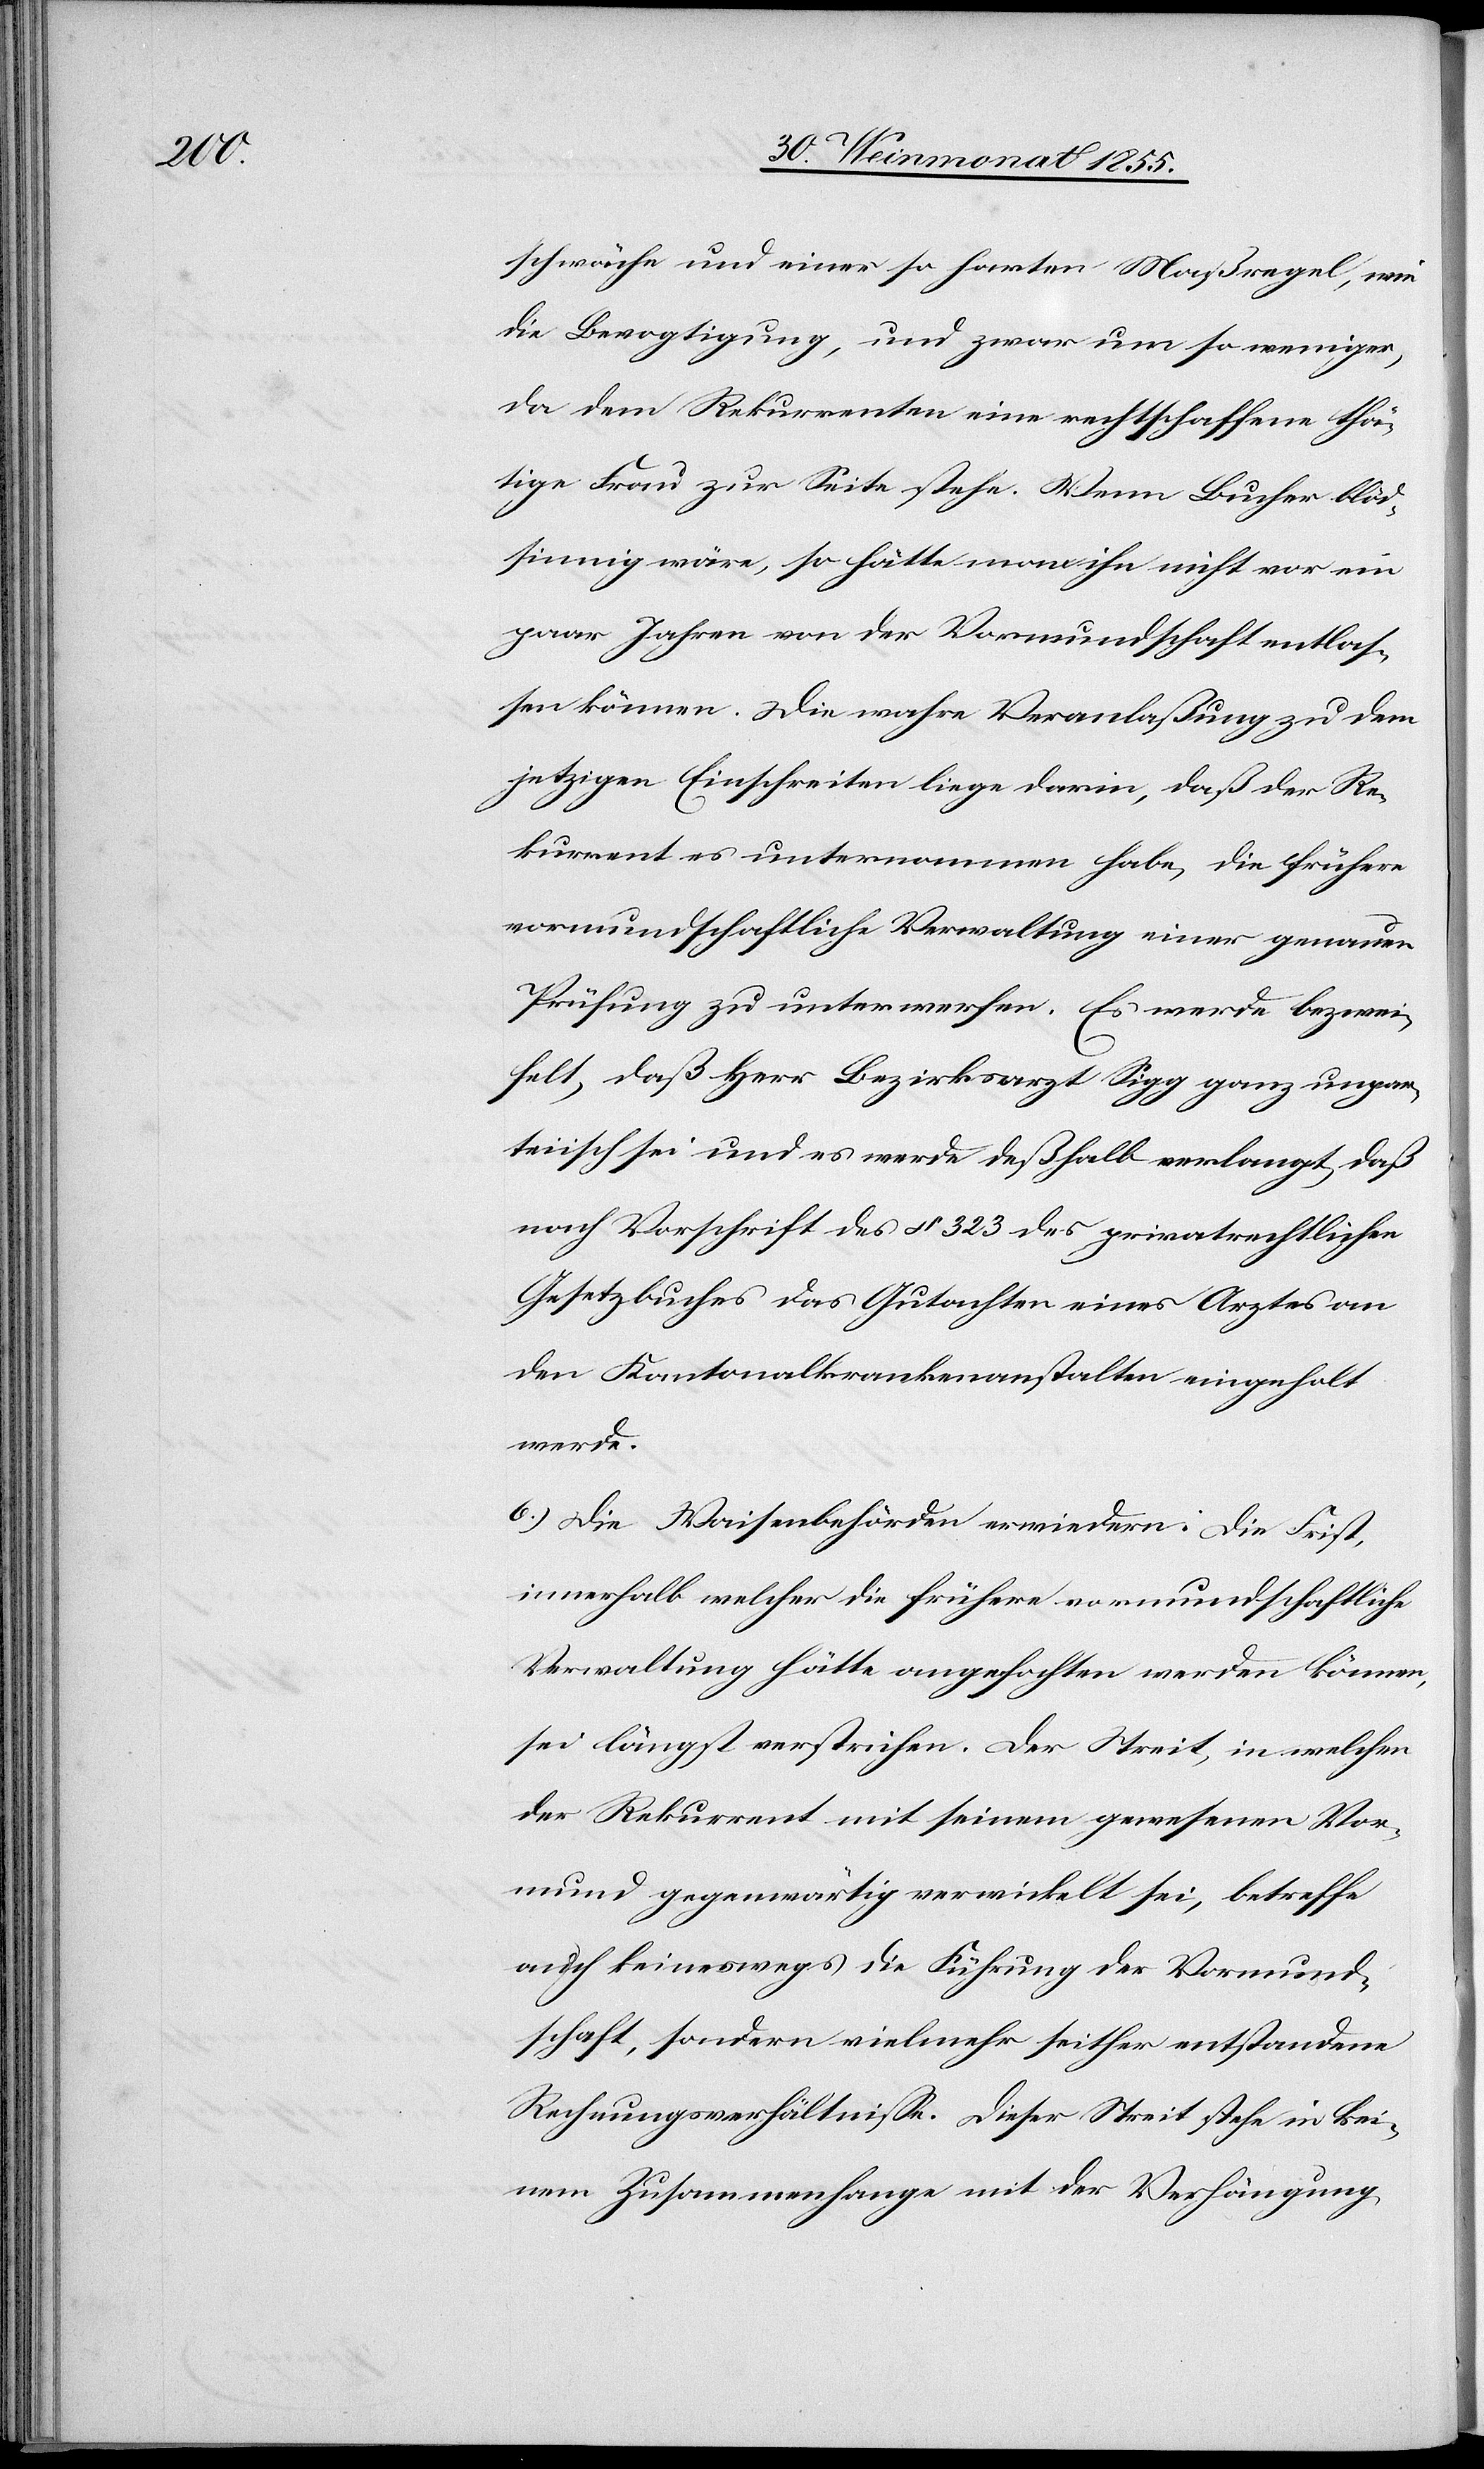
schwäche und einer so harten Maßregel, wie
die Bevogtigung, und zwar um so weniger,
da dem Rekurrenten eine rechtschaffene thä¬
tige Frau zur Seite stehe. Wenn Bucher blöd¬
sinnig wäre, so hätte man ihn nicht vor ein
paar Jahren von der Vormundschaft entlas¬
sen können. Die wahre Veranlaßung zu dem
jetzigen Einschreiten liege darin, daß der Re¬
kurrent es unternommen habe, die frühere
vormundschaftliche Verwaltung einer genauen
Prüfung zu unterwerfen. Es werde bezwei¬
felt, daß Herr Bezirksarzt Sigg ganz unpar¬
teiisch sei und es werde deßhalb verlangt, daß
nach Vorschrift des § 323 des privatrechtlichen
Gesetzbuches das Gutachten eines Arztes an
den Kantonalkrankenanstalten eingeholt
werde.
6.) Die Waisenbehörden erwiedern. Die Frist,
innerhalb welcher die frühere vormundschaftliche
Verwaltung hätte angefochten werden können,
sei längst verstrichen. Der Streit, in welchen
der Rekurrent mit seinem gewesenen Vor¬
mund gegenwärtig verwickelt sei, betreffe
auch keineswegs die Führung der Vormund¬
schaft, sondern vielmehr seither entstandene
Rechnungsverhältnisse. Dieser Streit stehe in kei¬
nem Zusammenhange mit der Verhängung